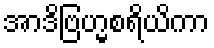
အာဒိဗြဟ္မစရိယိကာ